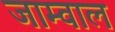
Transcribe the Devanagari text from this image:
जाम्वाल